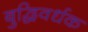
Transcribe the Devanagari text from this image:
बुद्धिवर्धक